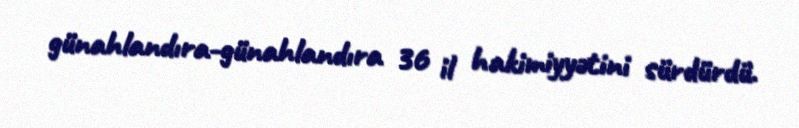
günahlandıra-günahlandıra 36 il hakimiyyətini sürdürdü.